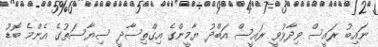
ނައިބު ރައީސް ވިދާޅުވީ ރައީސް އަބްދު ޔާމީންގެ އިގްތިސާދީ ސިޔާސަތުގެ އެންމެ ބޮޑު